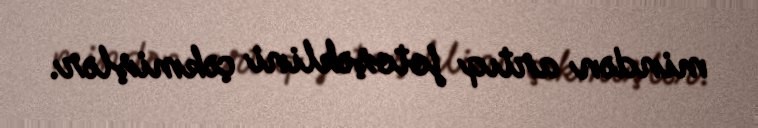
mindən artıq fotoşəklini çəkmişlər.